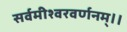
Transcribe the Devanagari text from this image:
सर्वमीश्वरवर्णनम्।।